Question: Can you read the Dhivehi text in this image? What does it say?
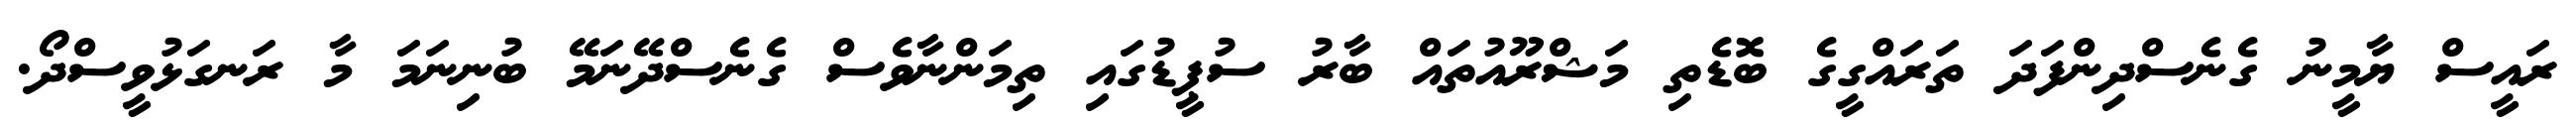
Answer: ރައީސް ޔާމީނު ގެނެސްދިންފަދަ ތަރައްގީގެ ބޮޑެތި މަޝްރޫއުތައް ބާރު ސުޕީޑުގައި ތިމަންނާވެސް ގެނެސްދޭނަމޭ ބުނިނަމަ މާ ރަނގަޅުވީސްދޯ.